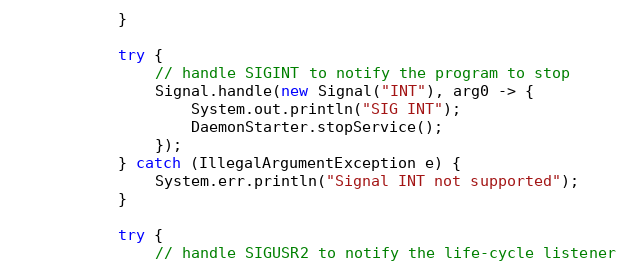
Language: Java
            }

            try {
                // handle SIGINT to notify the program to stop
                Signal.handle(new Signal("INT"), arg0 -> {
                    System.out.println("SIG INT");
                    DaemonStarter.stopService();
                });
            } catch (IllegalArgumentException e) {
                System.err.println("Signal INT not supported");
            }

            try {
                // handle SIGUSR2 to notify the life-cycle listener